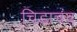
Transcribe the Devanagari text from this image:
चिडाचंद